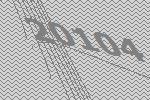
20104